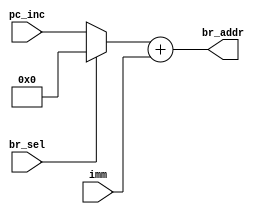
// ECE:3350 SISC processor project
// branch adder and mux

`timescale 1ns/100ps

module br (pc_inc, imm, br_sel, br_addr);

  /*
   *  BRANCH ADDRESS CALCULATOR - br.v
   *
   *  Inputs:
   *   - pc_inc (16 bits): Equal to PC+1, which is the base that relative
   *        branch addresses are added to. Comes from the program counter
   *        module (pc.v).
   *   - imm (16 bits): The immediate value from the instruction.
   *   - br_sel: Controls whether to add the immediate value to PC+1
   *        (relative branch, br_sel = 0) or to add it to 0 (absolute branch,
   *        br_sel = 1).
   *
   *  Outputs:
   *   - br_addr (16 bits): The computed branch address, ready to be passed
   *        to the program counter module. This module does NOT decide
   *        whether or not the branch is taken; it only computes the
   *        potential address to be branched to.
   *
   */

  input  [15:0] pc_inc;
  input  [15:0] imm;
  input         br_sel;
  output [15:0] br_addr;
 
  reg   [15:0] br_in;
   
  always @ (pc_inc, br_sel)
  begin
    if (br_sel == 1'b1)
      br_in <= 16'h0000;
    else
      br_in <= pc_inc;
  end

  assign br_addr = br_in + imm;

endmodule